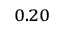
_ { 0 . 2 0 }